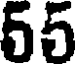
55